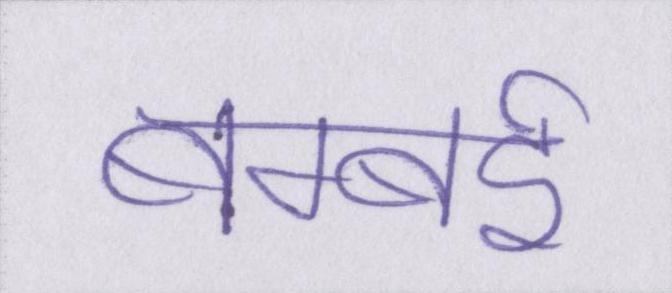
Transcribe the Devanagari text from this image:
बम्बई